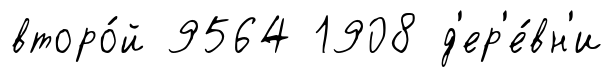
второ́й 9564 1908 д'ер'е́вн'и